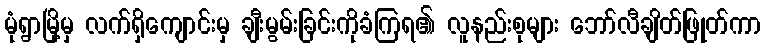
မုံရွာမြို့မှ လက်ရှိကျောင်းမှ ချီးမွမ်းခြင်းကိုခံကြရ၏ လူနည်းစုများ ဘော်လီချိတ်ဖြုတ်ကာ